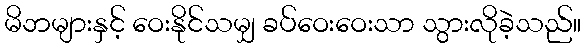
မိဘများနှင့် ဝေးနိုင်သမျှ ခပ်ဝေးဝေးသာ သွားလိုခဲ့သည်။